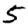
Digit: 5